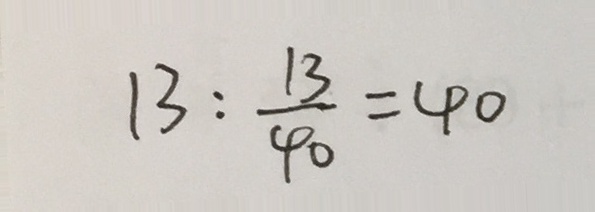
1 3 : \frac { 1 3 } { 4 0 } = 4 0